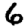
Digit: 6